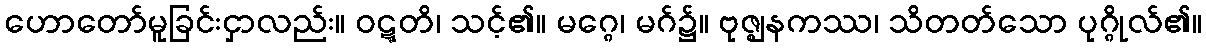
ဟောတော်မူခြင်းငှာလည်း။ ဝဋ္ဋတိ၊ သင့်၏။ မဂ္ဂေ၊ မဂ်၌။ ဗုဇ္ဈနကဿ၊ သိတတ်သော ပုဂ္ဂိုလ်၏။